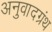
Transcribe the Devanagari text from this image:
अनुवादग्रंथ